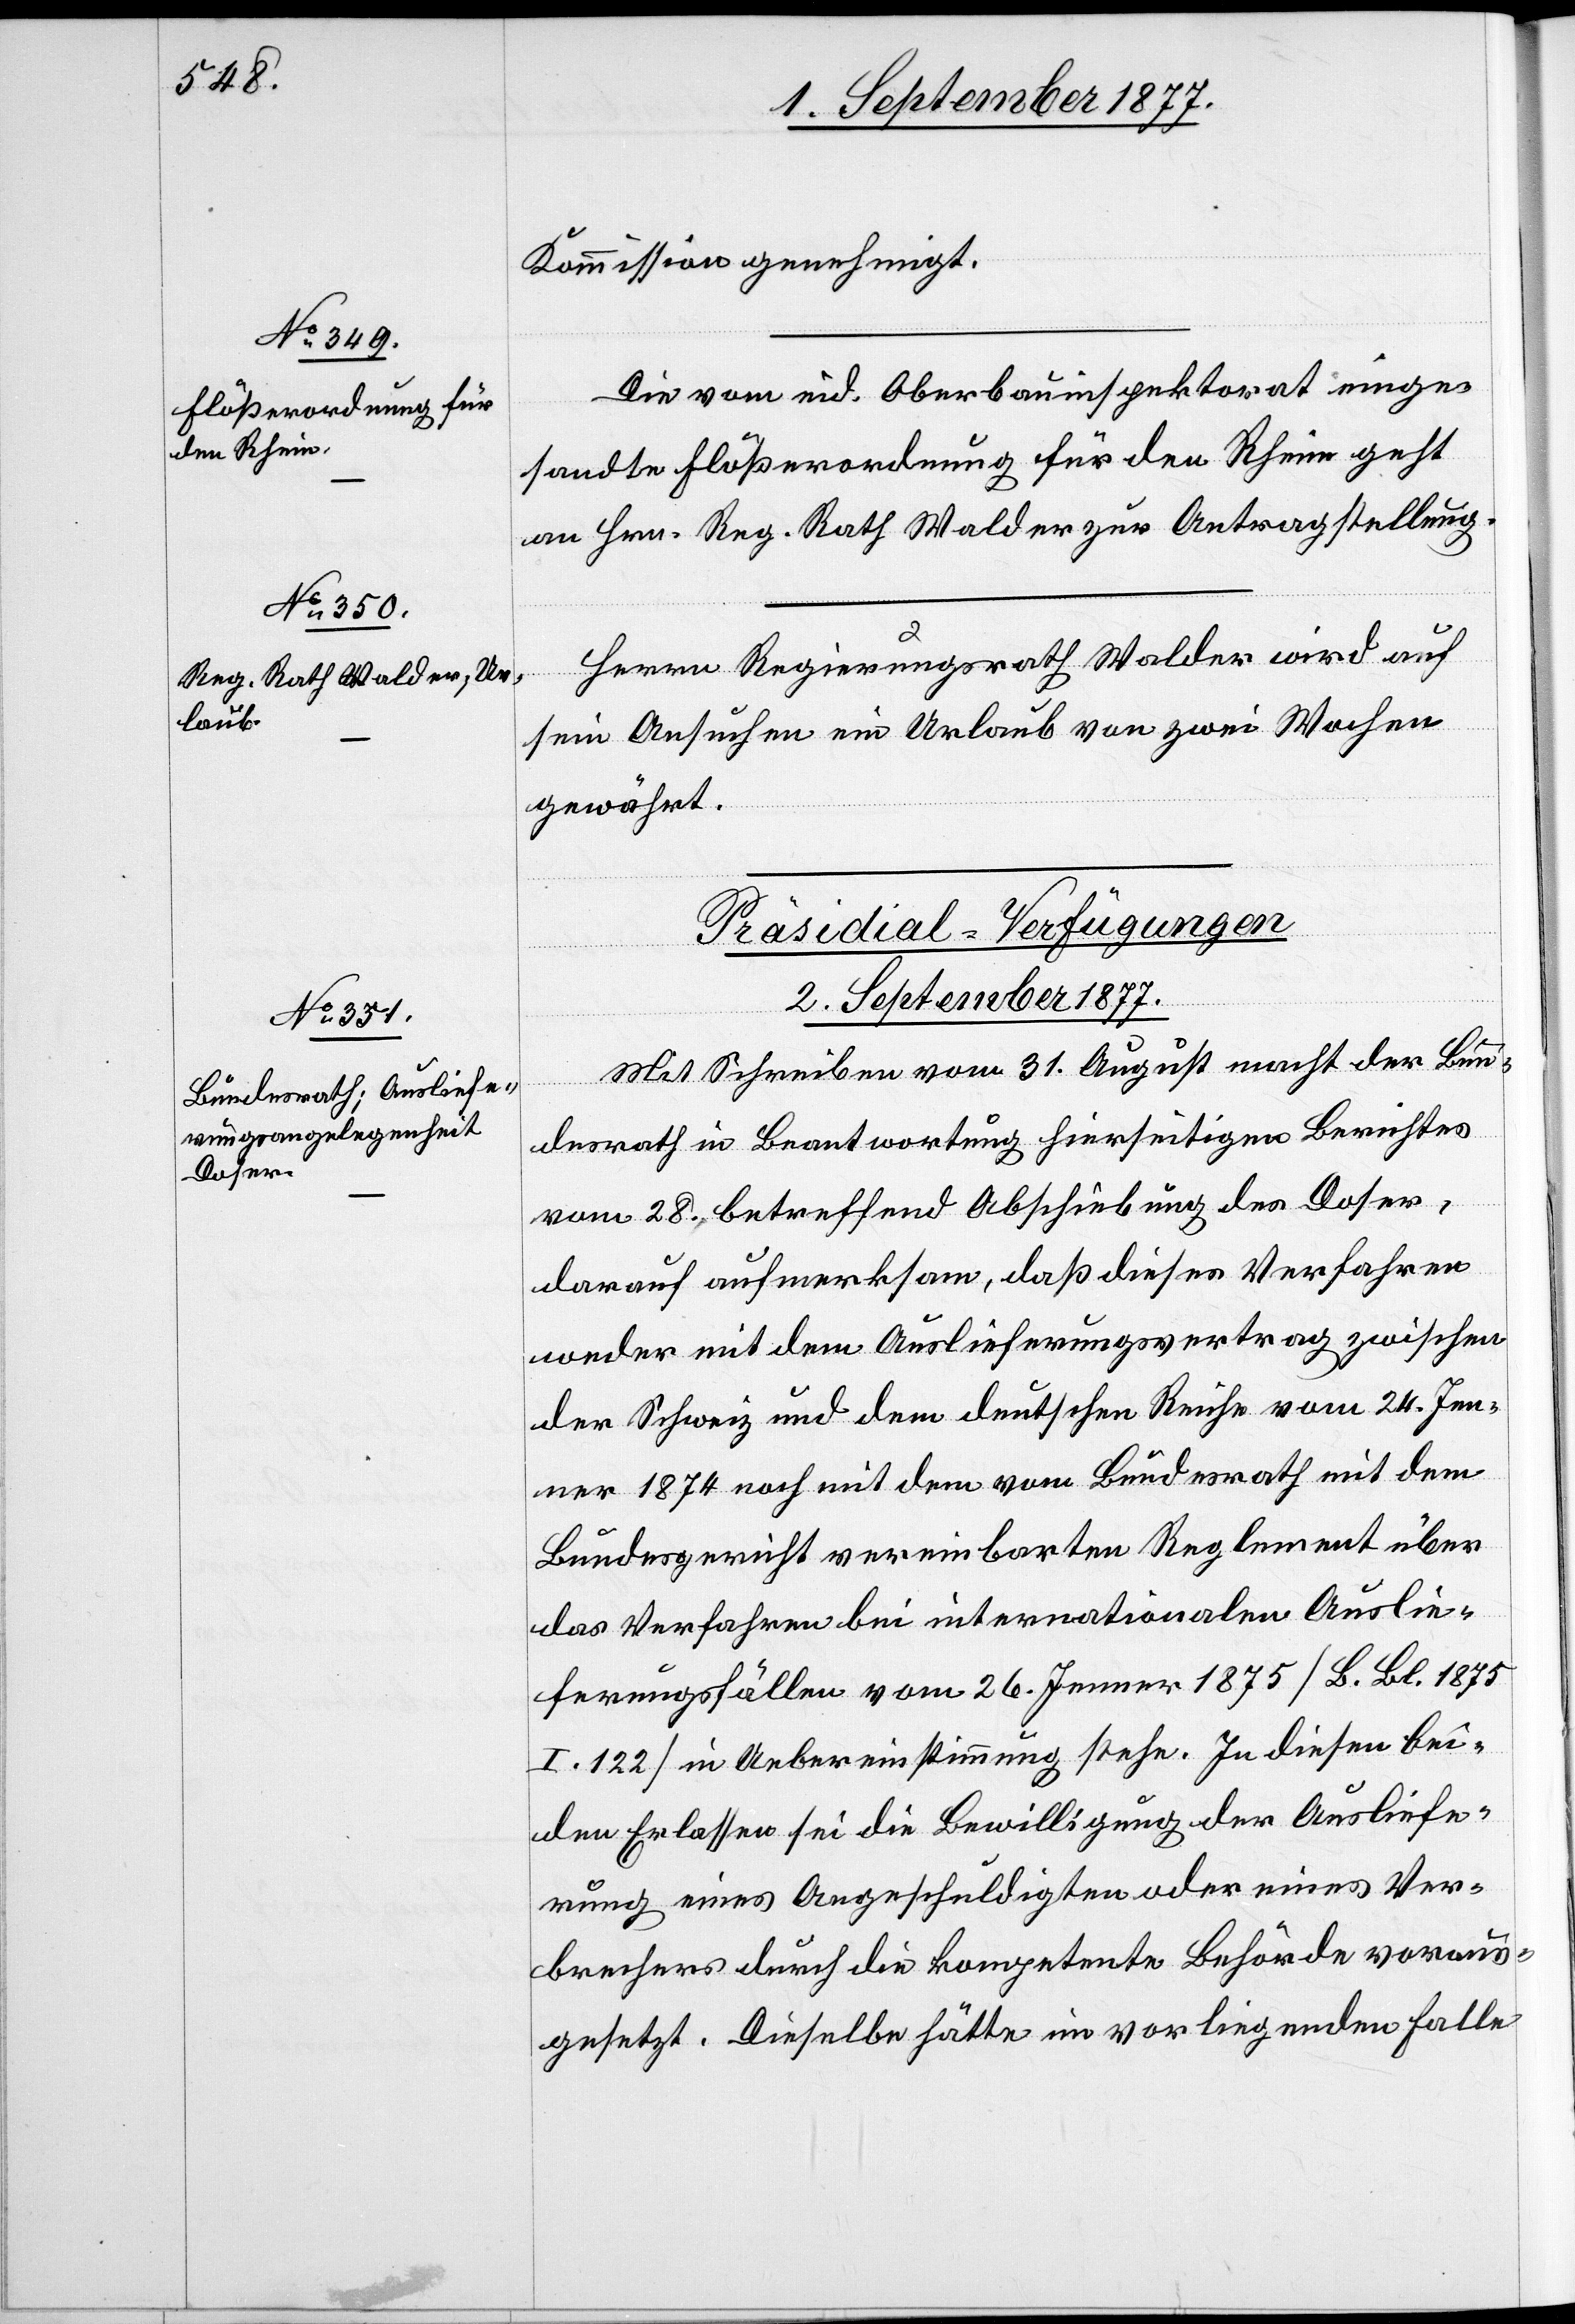
Kommission genehmigt.
Die vom eid. Oberbauinspektorat einge¬
sandte Flößerordnung für den Rhein geht
an Hrn. Reg. Rath Walder zur Antragstellung.
Herrn Regierungsrath Walder wird auf
sein Ansuchen ein Urlaub von zwei Wochen
gewährt.